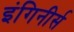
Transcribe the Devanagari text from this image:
इंगिनीर्स